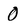
Character: 0